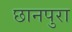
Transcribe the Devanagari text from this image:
छानपुरा